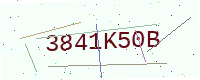
Text: 3841K50B